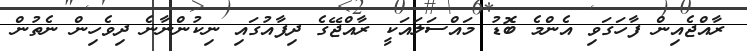
ރާއްޖެއިން ފާހަގަވި އެންމެ ބޮޑު މައްސަލައަކީ ރާއްޖޭގެ ދިފާއުގައި ނިކުންނާނެ ދިވެހިން ނެތުން